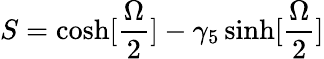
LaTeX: S=\cosh[{\frac{\Omega}{2}}]-\gamma_{5}\sinh[{\frac{\Omega}{2}}]